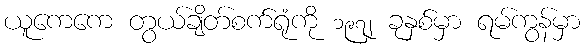
ယူကေကေ တွယ်ချိတ်စက်ရုံကို ၁၉၇၂ ခုနှစ်မှာ ရမ်ကွန်မှာ